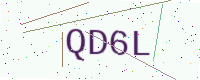
Text: QD6L